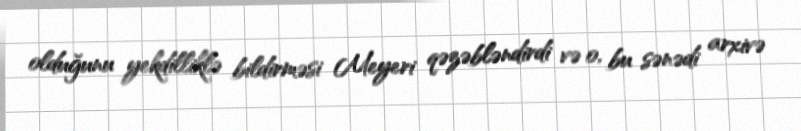
olduğunu yekdilliklə bildirməsi Meyeri qəzəbləndirdi və o, bu sənədi arxivə